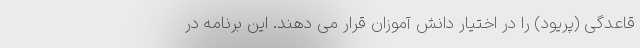
قاعدگی (پریود) را در اختیار دانش آموزان قرار می دهند. این برنامه در